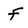
Character: f